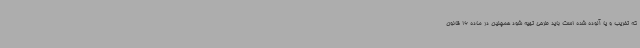
که تخریب و یا آلوده شده است باید طرحی تهیه شود همچنین در ماده 16 قانون